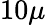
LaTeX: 10\mu